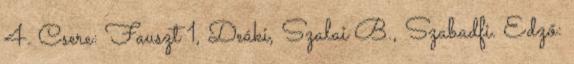
4. Csere: Fauszt 1, Deáki, Szalai B., Szabadfi. Edző: